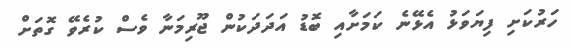
ހަރުކަށި ފިޔަވަޅު އެޅޭނެ ކަމަށާއި ބޮޑު އަދަދަކުން ޖޫރިމަނާ ވެސް ކުރެވޭ ގޮތަށް